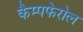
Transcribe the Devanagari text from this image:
कैम्पफेरोल